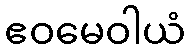
ဧဝမေဝါယံ